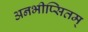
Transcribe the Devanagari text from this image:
अनभीप्सितम्